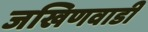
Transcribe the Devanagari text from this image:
जखिणवाडी